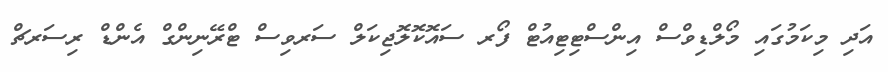
އަދި މިކަމުގައި މޯލްޑިވްސް އިންސްޓިޓިއުޓް ފޯރ ސައޮކޮލޮޖިކަލް ސަރވިސް ޓްރޭނިންގް އެންޑް ރިސަރޗް